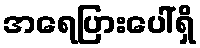
အရေပြားပေါ်ရှိ